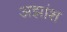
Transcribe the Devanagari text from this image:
अझांश